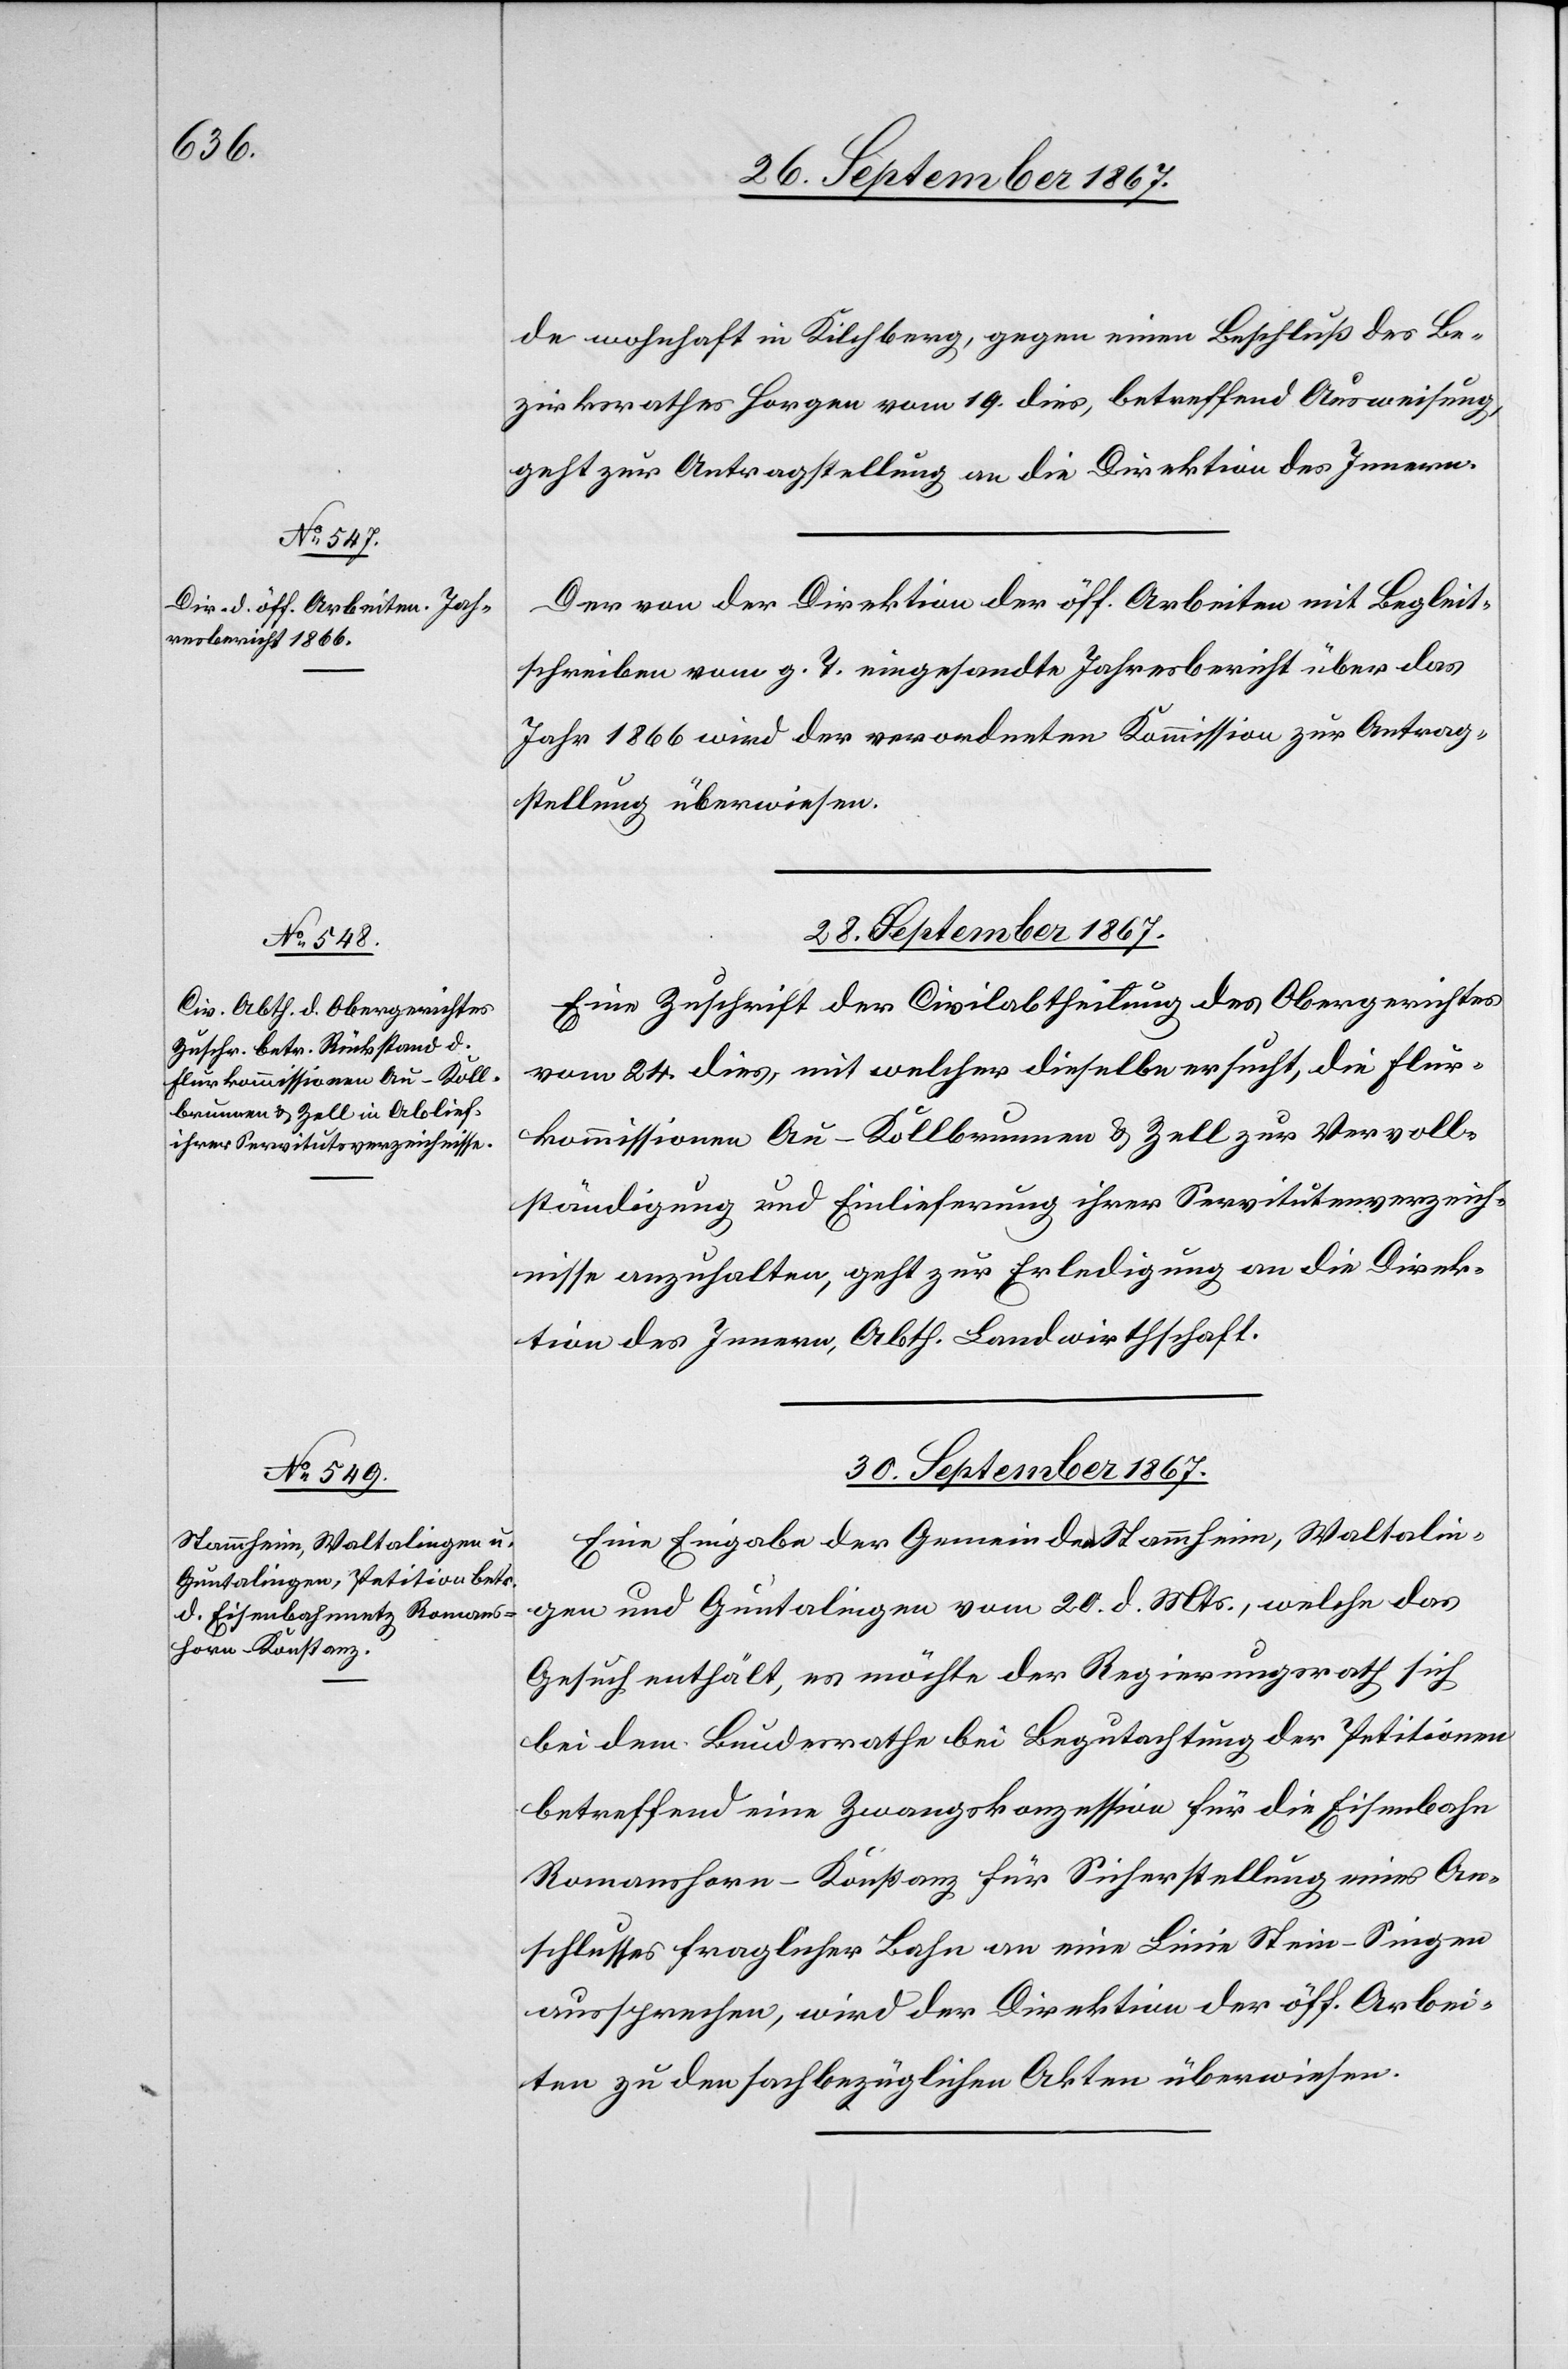
27. September 1867.]
de wohnhaft in Kilchberg, gegen einen Beschluß des Be¬
zirksrathes Horgen vom 19. dies, betreffend Ausweisung
geht zur Antragstellung an die Direktion des Innern.
Der von der Direktion der öff. Arbeiten mit Begleit¬
schreiben vom g. T. eingesandte Jahresbericht über das
Jahr 1866 wird der verordneten Kommission zur Antrag¬
stellung überwiesen.
28. September 1867.
Eine Zuschrift der Civilabtheilung des Obergerichtes
vom 24. dies, mit welcher dieselbe ersucht, die Flur¬
kommissionen Au-Kollbrunnen u. Zell zur Vervoll¬
ständigung ihrer Servitutsverzeichnisse anzuhalten, geht
Direktion des Innern, Abth. Landwirthschaft.
30. September 1867.
Eine Eingabe der Gemeinden Stammheim, Waltalin¬
gen und Guntalingen vom 20. d. Mts., welche das
Gesuch enthält, es möchte der Regierungsrath sich
bei dem Bundesrathe bei Begutachtung der Petitionen
betreffend eine Zwangskonzession für die Eisenbahn
Romanshorn–Konstanz für Sicherstellung eines An¬
schlusses fraglicher Bahn an eine Linie Stein–Singen
aussprechen, wird der Direktion der öff. Arbei¬
ten zu den sachbezüglichen Akten überwiesen.